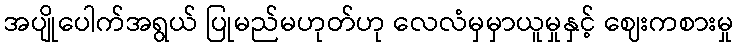
အပျိုပေါက်အရွယ် ပြုမည်မဟုတ်ဟု လေလံမှမှာယူမှုနှင့် ဈေးကစားမှု